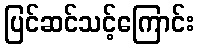
ပြင်ဆင်သင့်ကြောင်း